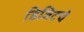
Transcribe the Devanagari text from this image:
डिजिटचे